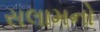
સલામનો